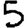
Digit: 5